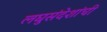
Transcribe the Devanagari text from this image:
लघुसंदेशांची